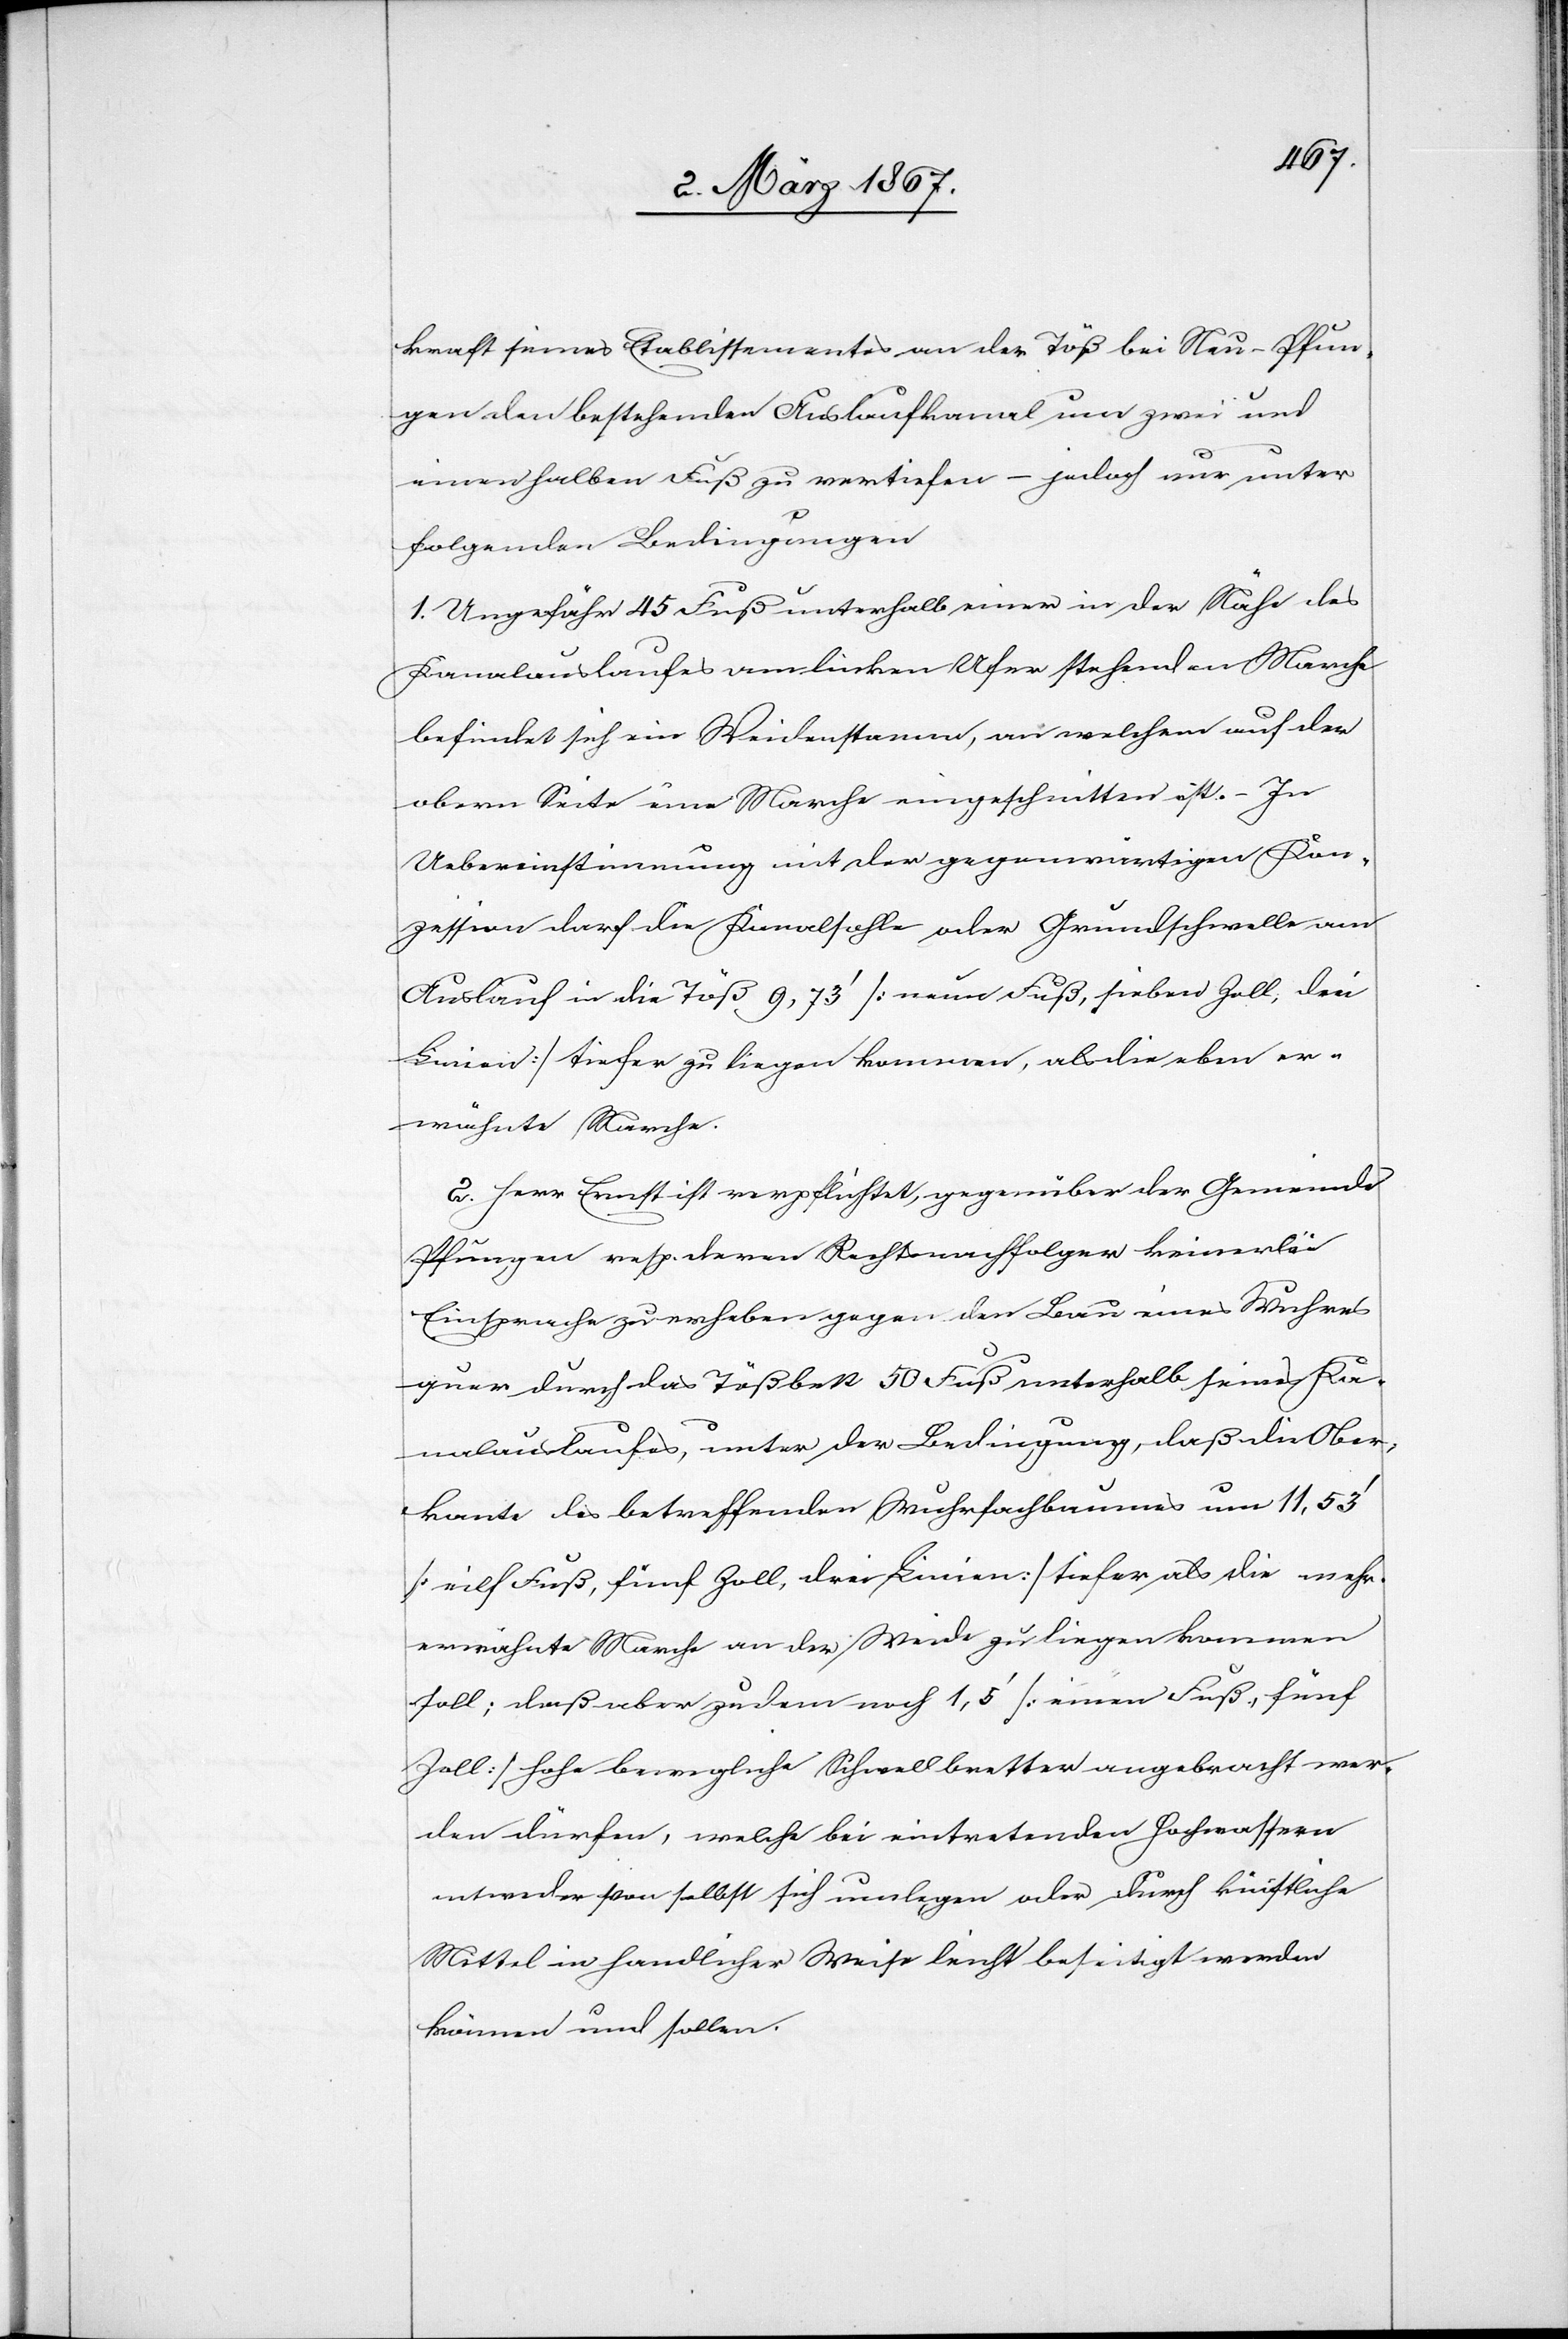
kraft seines Etablissementes an der Töß bei Neu-Pfun¬
gen den bestehenden Auslaufkanal um zwei und
einen halben Fuß zu vertiefen – jedoch nur unter
folgenden Bedingungen[:]
1. Ungefähr 45 Fuß unterhalb einer in der Nähe des
Kanalauslaufes am linken Ufer stehenden Marche
befindet sich ein Weidenstamm, an welchem auf der
obern Seite eine Marche eingeschnitten ist. – In
Uebereinstimmung mit der gegenwärtigen Kon¬
zession darf die Kanalsohle oder Grundschwelle am
Auslauf in die Töß 9,73’ [neun Fuß, sieben Zoll, drei
Linien] tiefer zu liegen kommen, als die oben er¬
wähnte Marche.
2. Herr Ernst ist verpflichtet, gegenüber der Gemeinde
Pfungen resp. deren Rechtsnachfolger keinerlei
Einsprache zu erheben gegen den Bau eines Wuhres
quer durch das Tößbett 50 Fuß unterhalb seines Ka¬
nalauslaufes, unter der Bedingung, daß die Ober¬
kante des betreffenden Wuhrfachbaumes um 11,51’
[eilf Fuß, fünf Zoll, drei Linien] tiefer als die mehr.
erwähnte Marche an der Weide zu liegen kommen
soll; daß aber zudem noch 1,5’ [einen Fuß, fünf
Zoll] hohe bewegliche Schwellbretter angebracht wer¬
den dürfen, welche bei eintretenden Hochwassern
entweder von selbst sich umlegen oder durch künstliche
Mittel in handlicher Weise leicht beseitigt werden
können und sollen.